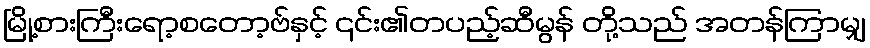
မြို့စားကြီးရော့စတော့ဗ်နှင့် ၎င်း၏တပည့်ဆီမွန် တို့သည် အတန်ကြာမျှ